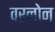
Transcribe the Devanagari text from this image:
वरनोन